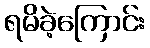
ရမိခဲ့ကြောင်း